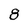
Character: 8